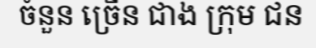
ចំនួន ច្រើន ជាង ក្រុម ជន